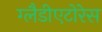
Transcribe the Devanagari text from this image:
ग्लैडीएटोरेस